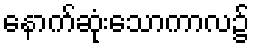
နောက်ဆုံးသောကာလ၌